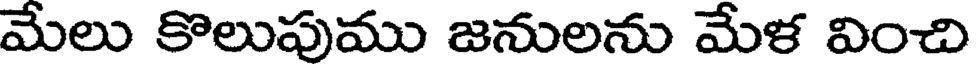
మేలు కొలుపుము జనులను మేళ వించి